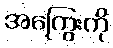
အကြွေးကို